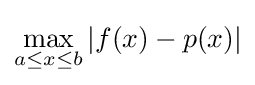
\max _{a\leq x\leq b}|f(x)-p(x)|